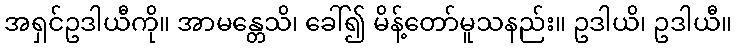
အရှင်ဥဒါယီကို။ အာမန္တေသိ၊ ခေါ်၍ မိန့်တော်မူသနည်း။ ဥဒါယိ၊ ဥဒါယီ။